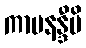
ကာမနန္ဒီပိ